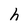
Character: h